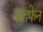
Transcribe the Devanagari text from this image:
सटफेन